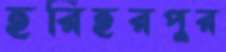
হরিহরপুর